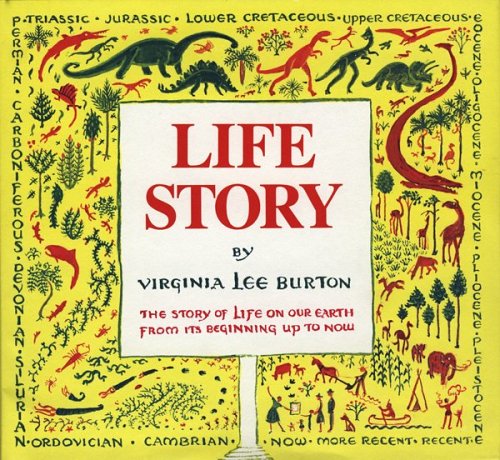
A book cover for Life Story; Virginia Lee Burton; Children's Books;